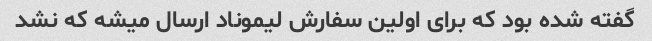
گفته شده بود که برای اولین سفارش لیموناد ارسال میشه که نشد